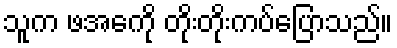
သူက ဖအေကို တိုးတိုးကပ်ပြောသည်။